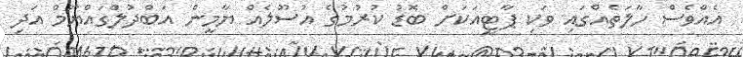
އެއްވެސް ހާލަތެއްގައި ވަކި ޕާޓީއަކަށް ބޮޑު ކުރުމުގެ އުސޫލެއް ޔާމީން އަބްދުލްގައްޔޫމް އަދި